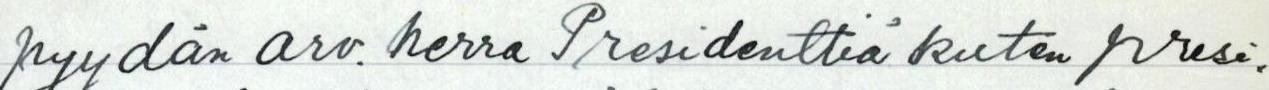
pyydän arv. herra Presidenttiä kuten presi-